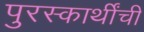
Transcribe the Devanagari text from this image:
पुरस्कार्थींची